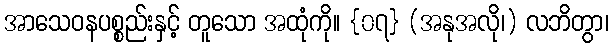
အာသေဝနပစ္စည်းနှင့် တူသော အထုံကို။ {၀၇} (အနုအလို၊) လဘိတွာ၊